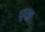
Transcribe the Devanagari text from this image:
घूरब